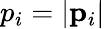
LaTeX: p_{i}=|{\mathbf p}_{i}|